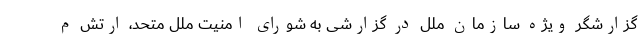
گزارشگر ویژه سازمان ملل در گزارشی به شورای امنیت ملل متحد، ارتش م